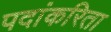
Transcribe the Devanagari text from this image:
पदांकरिता